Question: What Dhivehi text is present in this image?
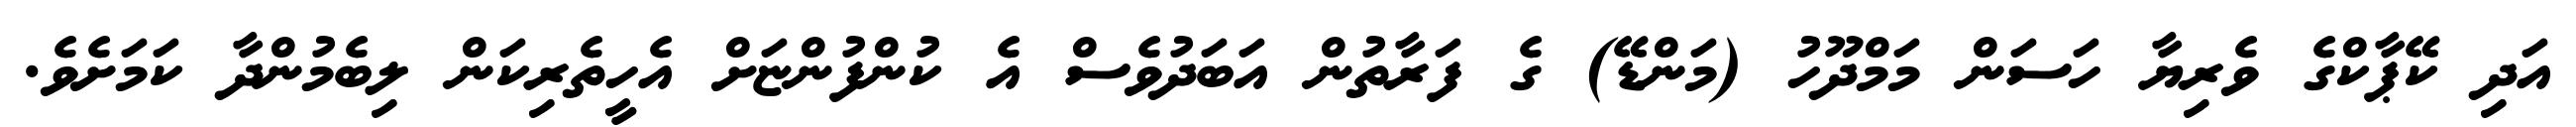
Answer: އަދި ކޭޕާކްގެ ވެރިޔާ ހަސަން މަމްދޫހު (މަންޑޭ) ގެ ފަރާތުން އަބަދުވެސް އެ ކުންފުންޏަށް އެހީތެރިކަން ލިބެމުންދާ ކަމަށެވެ.